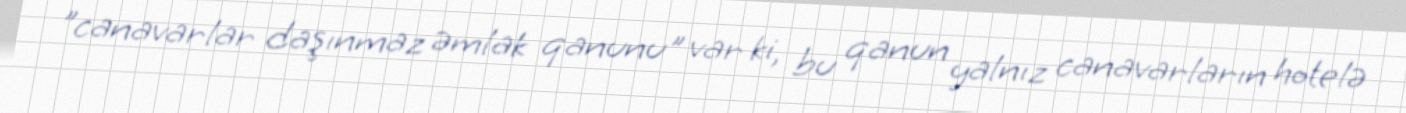
"canavarlar daşınmaz əmlak qanunu" var ki, bu qanun yalnız canavarların hotelə